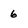
Character: 6